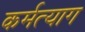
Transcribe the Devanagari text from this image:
कर्मत्याग